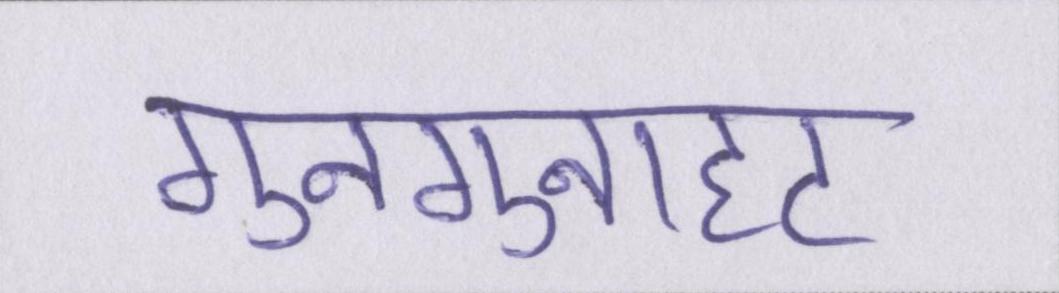
गुनगुनाहट